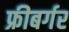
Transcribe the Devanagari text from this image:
फ्रीबर्गर